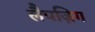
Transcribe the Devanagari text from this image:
लैपज़िग